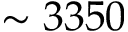
\sim 3 3 5 0